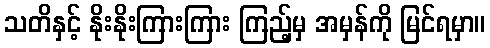
သတိနှင့် နိုးနိုးကြားကြား ကြည့်မှ အမှန်ကို မြင်ရမှာ။